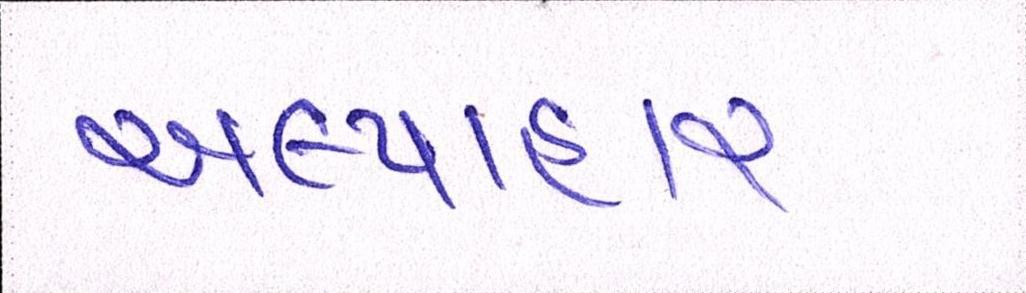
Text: અલ્પાહાર